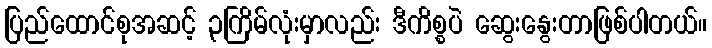
ပြည်ထောင်စုအဆင့် ၃ကြိမ်လုံးမှာလည်း ဒီကိစ္စပဲ ဆွေးနွေးတာဖြစ်ပါတယ်။